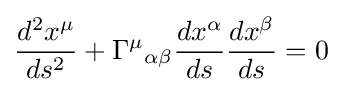
{d^{2}x^{\mu } \over ds^{2}}+\Gamma ^{\mu }{}_{\alpha \beta }{dx^{\alpha } \over ds}{dx^{\beta } \over ds}=0